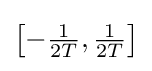
\left[-{\tfrac {1}{2T}},{\tfrac {1}{2T}}\right]